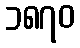
၁၈၇၀